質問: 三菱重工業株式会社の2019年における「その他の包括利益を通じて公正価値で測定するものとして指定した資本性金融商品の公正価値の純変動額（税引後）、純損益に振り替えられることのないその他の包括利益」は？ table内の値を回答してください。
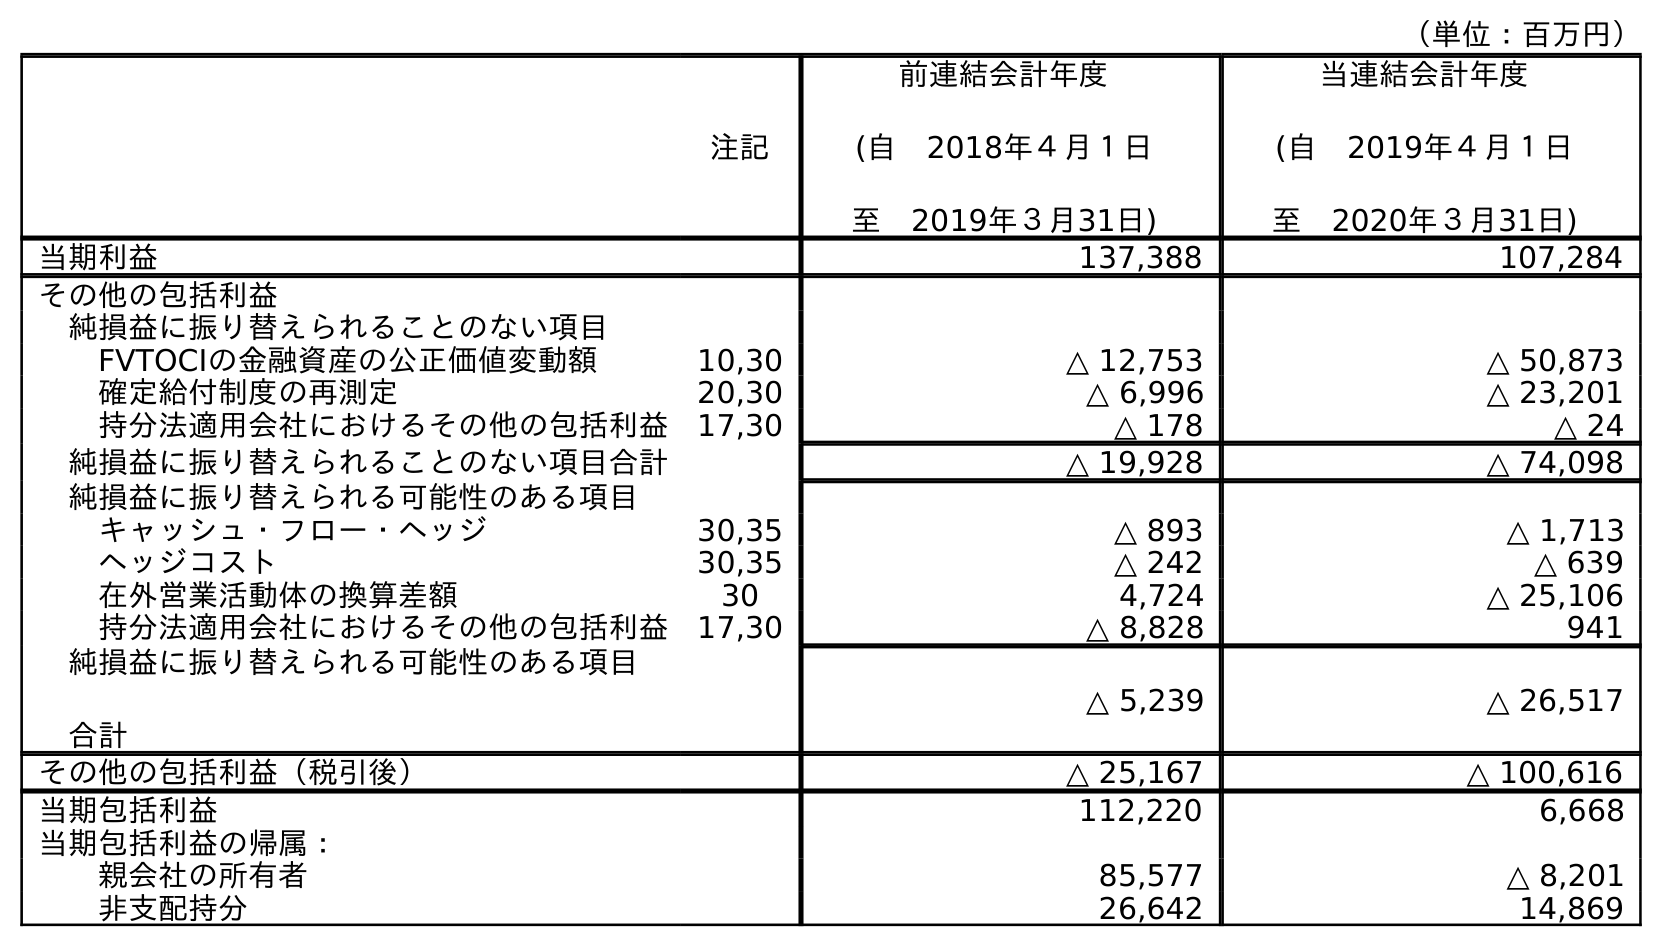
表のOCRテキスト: （単位：百万円） 注記 前連結会計年度 (自 2018年４月１日 至 2019年３月31日) 当連結会計年度 (自 2019年４月１日 至 2020年３月31日) 当期利益 137,388 107,284 その他の包括利益 純損益に振り替えられることのない項目 FVTOCIの金融資産の公正価値変動額 10,30 △ 12,753 △ 50,873 確定給付制度の再測定 20,30 △ 6,996 △ 23,201 持分法適用会社におけるその他の包括利益 17,30 △ 178 △ 24 純損益に振り替えられることのない項目合計 △ 19,928 △ 74,098 純損益に振り替えられる可能性のある項目 キャッシュ・フロー・ヘッジ 30,35 △ 893 △ 1,713 ヘッジコスト 30,35 △ 242 △ 639 在外営業活動体の換算差額 30 4,724 △ 25,106 持分法適用会社におけるその他の包括利益 17,30 △ 8,828 941 純損益に振り替えられる可能性のある項目 合計 △ 5,239 △ 26,517 その他の包括利益（税引後） △ 25,167 △ 100,616 当期包括利益 112,220 6,668 当期包括利益の帰属： 親会社の所有者 85,577 △ 8,201 非支配持分 26,642 14,869
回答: △12,753